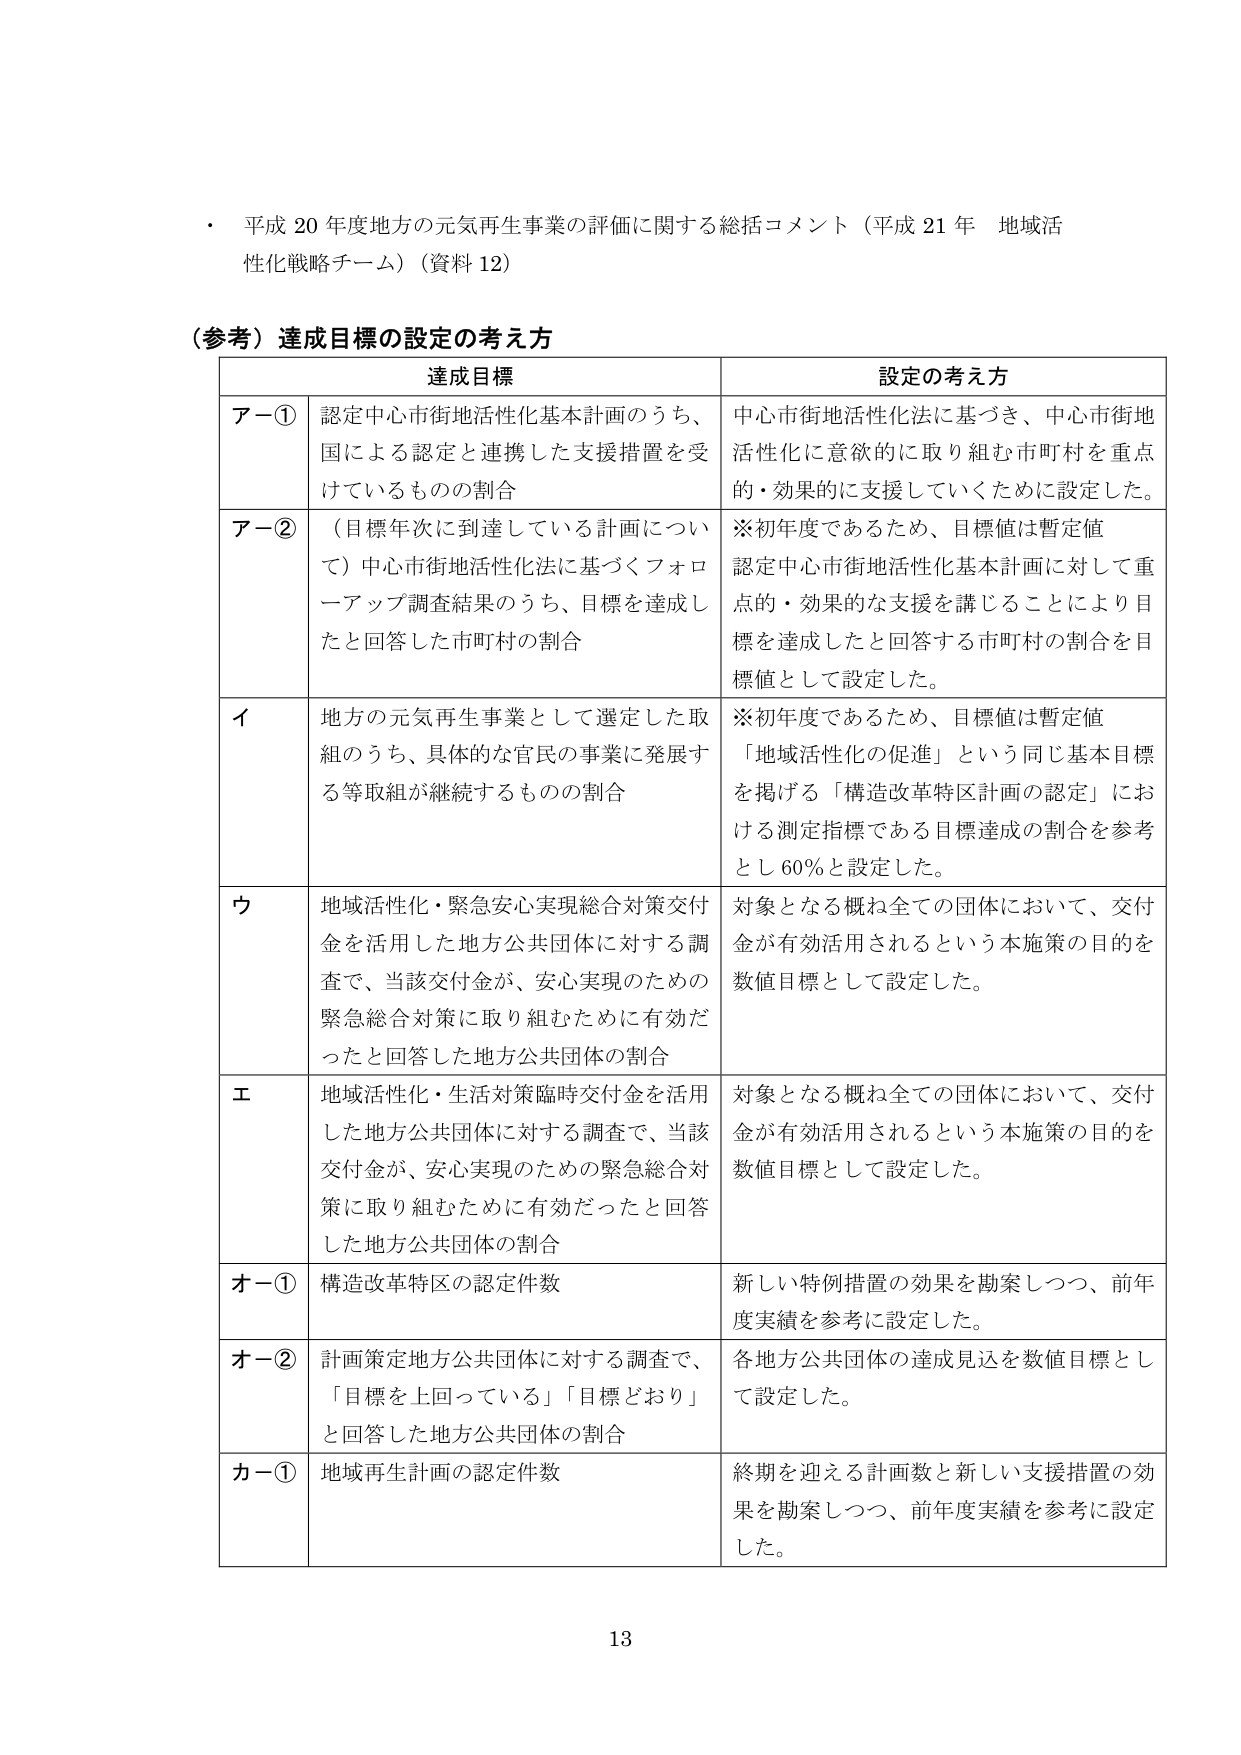
・ 平成 20 年度地方の元気再生事業の評価に関する総括コメント（平成 21 年 地域活性化戦略チーム）（資料 12）

（参考）達成目標の設定の考え方

達成目標 設定の考え方

ア－① 認定中心市街地活性化基本計画のうち、国による認定と連携した支援措置を受けているものの割合 中心市街地活性化法に基づき、中心市街地活性化に意欲的に取り組む市町村を重点的・効果的に支援していくために設定した。

ア－② （目標年次に到達している計画について）中心市街地活性化法に基づくフォローアップ調査結果のうち、目標を達成したと回答した市町村の割合 ※初年度であるため、目標値は暫定値 認定中心市街地活性化基本計画に対して重点的・効果的な支援を講じることにより目標を達成したと回答する市町村の割合を目標値として設定した。

イ 地方の元気再生事業として選定した取組のうち、具体的な官民の事業に発展する等取組が継続するものの割合 ※初年度であるため、目標値は暫定値 「地域活性化の促進」という同じ基本目標を掲げる「構造改革特区計画の認定」における測定指標である目標達成の割合を参考とし 60％と設定した。

ウ 地域活性化・緊急安心実現総合対策交付金を活用した地方公共団体に対する調査で、当該交付金が、安心実現のための緊急総合対策に取り組むために有効だったと回答した地方公共団体の割合 対象となる概ね全ての団体において、交付金が有効活用されるという本施策の目的を数値目標として設定した。

エ 地域活性化・生活対策臨時交付金を活用した地方公共団体に対する調査で、当該交付金が、安心実現のための緊急総合対策に取り組むために有効だったと回答した地方公共団体の割合 対象となる概ね全ての団体において、交付金が有効活用されるという本施策の目的を数値目標として設定した。

オ－① 構造改革特区の認定件数 新しい特例措置の効果を勘案しつつ、前年度実績を参考に設定した。

オ－② 計画策定地方公共団体に対する調査で、「目標を上回っている」「目標どおり」と回答した地方公共団体の割合 各地方公共団体の達成見込を数値目標として設定した。

カ－① 地域再生計画の認定件数 終期を迎える計画数と新しい支援措置の効果を勘案しつつ、前年度実績を参考に設定した。

13